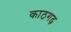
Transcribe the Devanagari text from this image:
काठगढ़